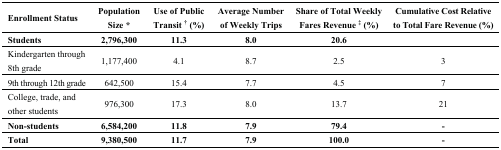
| Enrollment Status | Population Size * | Use of Public Transit † (%) | Average Number of Weekly Trips | Share of Total Weekly Fares Revenue ‡ (%) | Cumulative Cost Relative to Total Fare Revenue (%) |
 | --- | --- | --- | --- | --- | --- |
 | Students | 2,796,300 | 11.3 | 8.0 | 20.6 |
 | Kindergarten through 8th grade | 1,177,400 | 4.1 | 8.7 | 2.5 | 3 |
 | 9th through 12th grade | 642,500 | 15.4 | 7.7 | 4.5 | 7 |
 | College, trade, and other students | 976,300 | 17.3 | 8.0 | 13.7 | 21 |
 | Non-students | 6,584,200 | 11.8 | 7.9 | 79.4 | - |
 | Total | 9,380,500 | 11.7 | 7.9 | 100.0 | - |